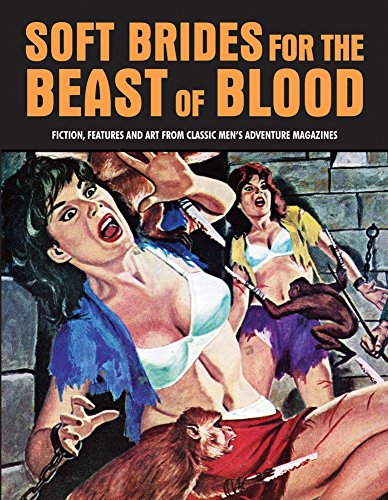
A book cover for Soft Brides For The Beast Of Blood: Fiction, Features And Art From Classic Men's Adventure Magazines (Pulp Mayhem); Literature & Fiction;